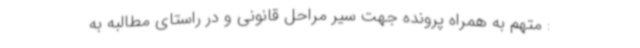
: متهم به همراه پرونده جهت سیر مراحل قانونی و در راستای مطالبه به